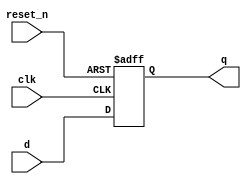
module _dff_r(clk, reset_n, d, q); // Asynchronous Resettable D flip flop
input	clk, reset_n, d;	// input clock, reset, d 	
output q;					// output q
reg q;							
	
always @ (posedge clk or negedge reset_n)		// clock rising edge or reset = 0
begin

if(reset_n == 0) q <= 1'b0;					
else 				  q <= d;						
	
end
endmodule